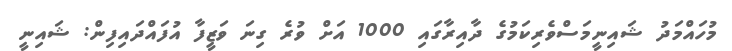
މުހައްމަދު ޝައިނީމަސްވެރިކަމުގެ ދާއިރާގައި 1000 އަށް ވުރެ ގިނަ ވަޒީފާ އުފައްދައިފިން: ޝައިނީ